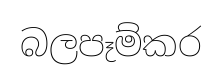
බලපෑම්කර